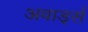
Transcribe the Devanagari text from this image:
अवार्ड्स